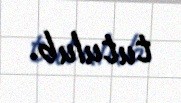
tutulub.